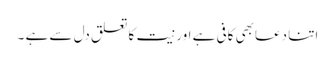
اتنا دعابھی کافی ہے اور نیت کا تعلق دل سے ہے ۔